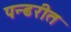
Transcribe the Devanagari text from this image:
पन्ढरीत